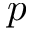
p